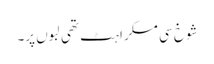
شوخ سی مسکراہٹ تھی لبوں پر۔